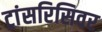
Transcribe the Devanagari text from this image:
ट्रांसरिसिवर